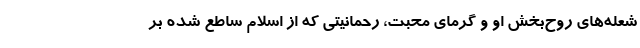
شعله‌های روح‌بخش او و گرمای محبت، رحمانیتی که از اسلام ساطع شده بر